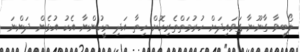
ލޯބިވާ ގާނޫނާ ގަވައިދަށް ހުރުމަތްތެރިކޮށް ހިތާ އަދި މީހުންނާ އެކު އުޅެން ދަންނަ